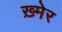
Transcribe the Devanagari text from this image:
ख़्मेर